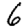
Digit: 6